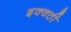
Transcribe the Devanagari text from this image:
इक्क्ठी